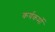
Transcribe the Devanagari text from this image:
कर्यकर्मो